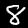
Digit: 8